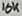
Text: 10K